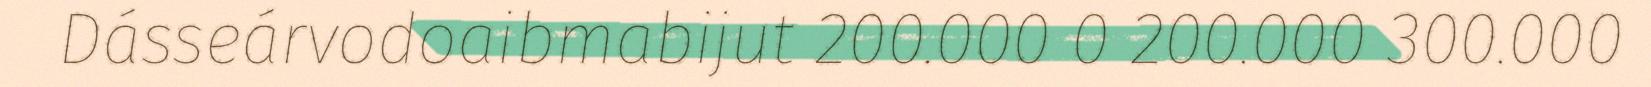
Dásseárvodoaibmabijut 200.000 0 200.000 300.000